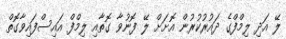
ލޭ އަދި ލިމްފްގެ ދައުރުކުރުން އޮށަށް ލޭ ފޮނުވާ ގޮތާއި ލިމްފް އައިސްފައިވާގޮތް